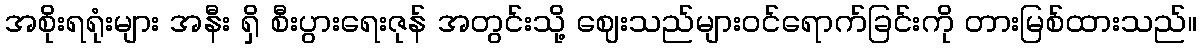
အစိုးရရုံးများ အနီး ရှိ စီးပွားရေးဇုန် အတွင်းသို့ ဈေးသည်များဝင်ရောက်ခြင်းကို တားမြစ်ထားသည်။